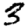
Digit: 3